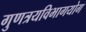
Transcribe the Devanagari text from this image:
गुणत्रयविभागयोग